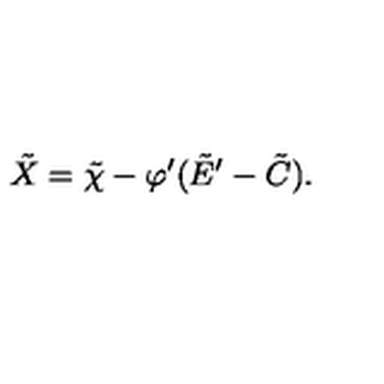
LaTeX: \tilde { X } = \tilde { \chi } - \varphi ^ { \prime } ( \tilde { E } ^ { \prime } - \tilde { C } ) .